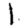
Digit: 1